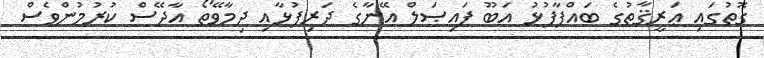
ގޮތުގައި ޢަރީޤާތުގެ ބައްޕާފުޅު އަބޫ ފައިޞަލް އޭނާގެ ދަރިފުޅާއި ދިމާވޭތޯ އާދޭސް ކުރުމުންވެސް